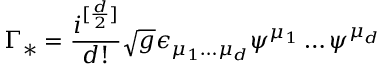
\Gamma _ { * } = \frac { i ^ { [ \frac { d } { 2 } ] } } { d ! } \sqrt { g } \epsilon _ { \mu _ { 1 } \dots \mu _ { d } } \psi ^ { \mu _ { 1 } } \dots \psi ^ { \mu _ { d } }